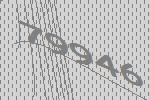
79946